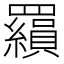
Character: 𮊟